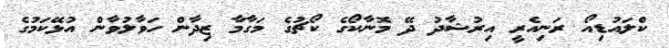
ކްލައުޑިއޯ ރަނިއެރީ އިރުޝާދު ދޭ މޮނާކޯގެ ކޯޗުގެ މަގާމާ ޒިދާން ހަވާލުވާން އުޅޭކަމުގެ